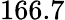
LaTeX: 166.7